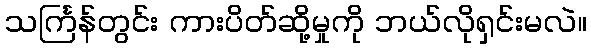
သင်္ကြန်တွင်း ကားပိတ်ဆို့မှုကို ဘယ်လိုရှင်းမလဲ။